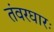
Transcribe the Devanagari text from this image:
तंवरघारः